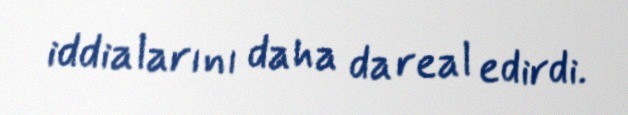
iddialarını daha da real edirdi.